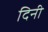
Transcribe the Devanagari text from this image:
दिनी